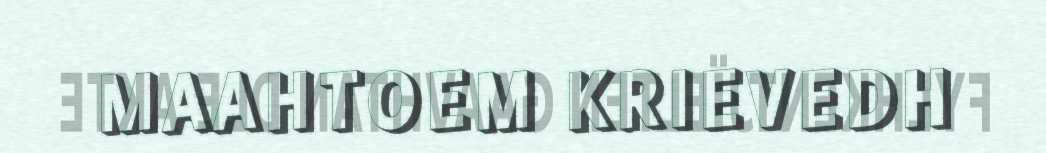
MAAHTOEM KRIEVEDH